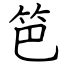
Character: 笆